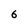
Character: 6